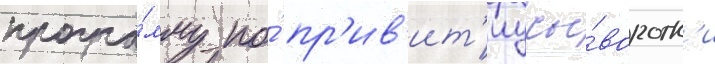
програ́мму по́ пр'ив'ит'иу сы́воротк'и